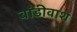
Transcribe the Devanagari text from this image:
बांडीवाश